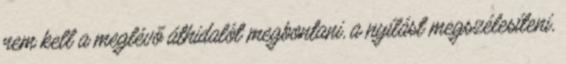
nem kell a meglévő áthidalót megbontani, a nyílást megszélesíteni,